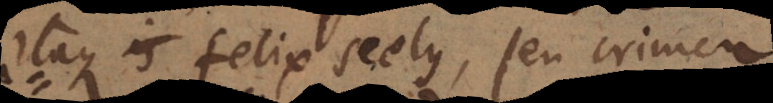
Itaque felix scelus, seu crimen